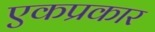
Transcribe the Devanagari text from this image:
एकप्रकार